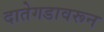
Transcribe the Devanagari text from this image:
दातेगडावरून